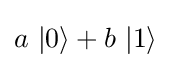
a\ |0\rangle +b\ |1\rangle